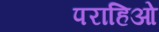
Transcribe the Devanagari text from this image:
पराहिओ